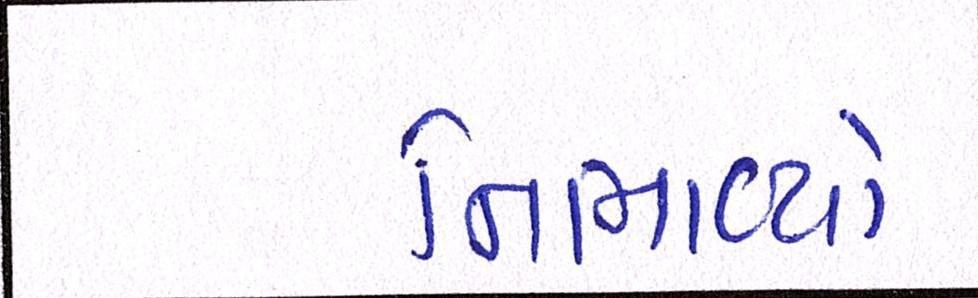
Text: નિભાવ્યો